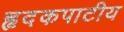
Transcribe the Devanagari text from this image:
हृदकपाटीय